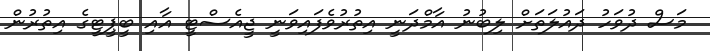
މަސް ދުވަހު ދައުލަތަށް ލިބުނު އާމްދަނީ އިތުރުވެފައިވަނީ ޖީއެސްޓީ އާއި ބީޕީޓީގެ އިތުރުން